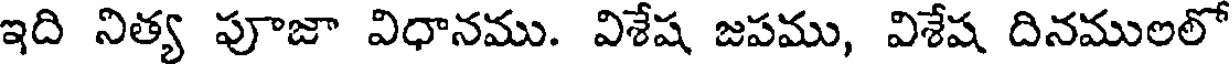
ఇది నిత్య పూజా విధానము. విశేష జపము, విశేష దినములలో